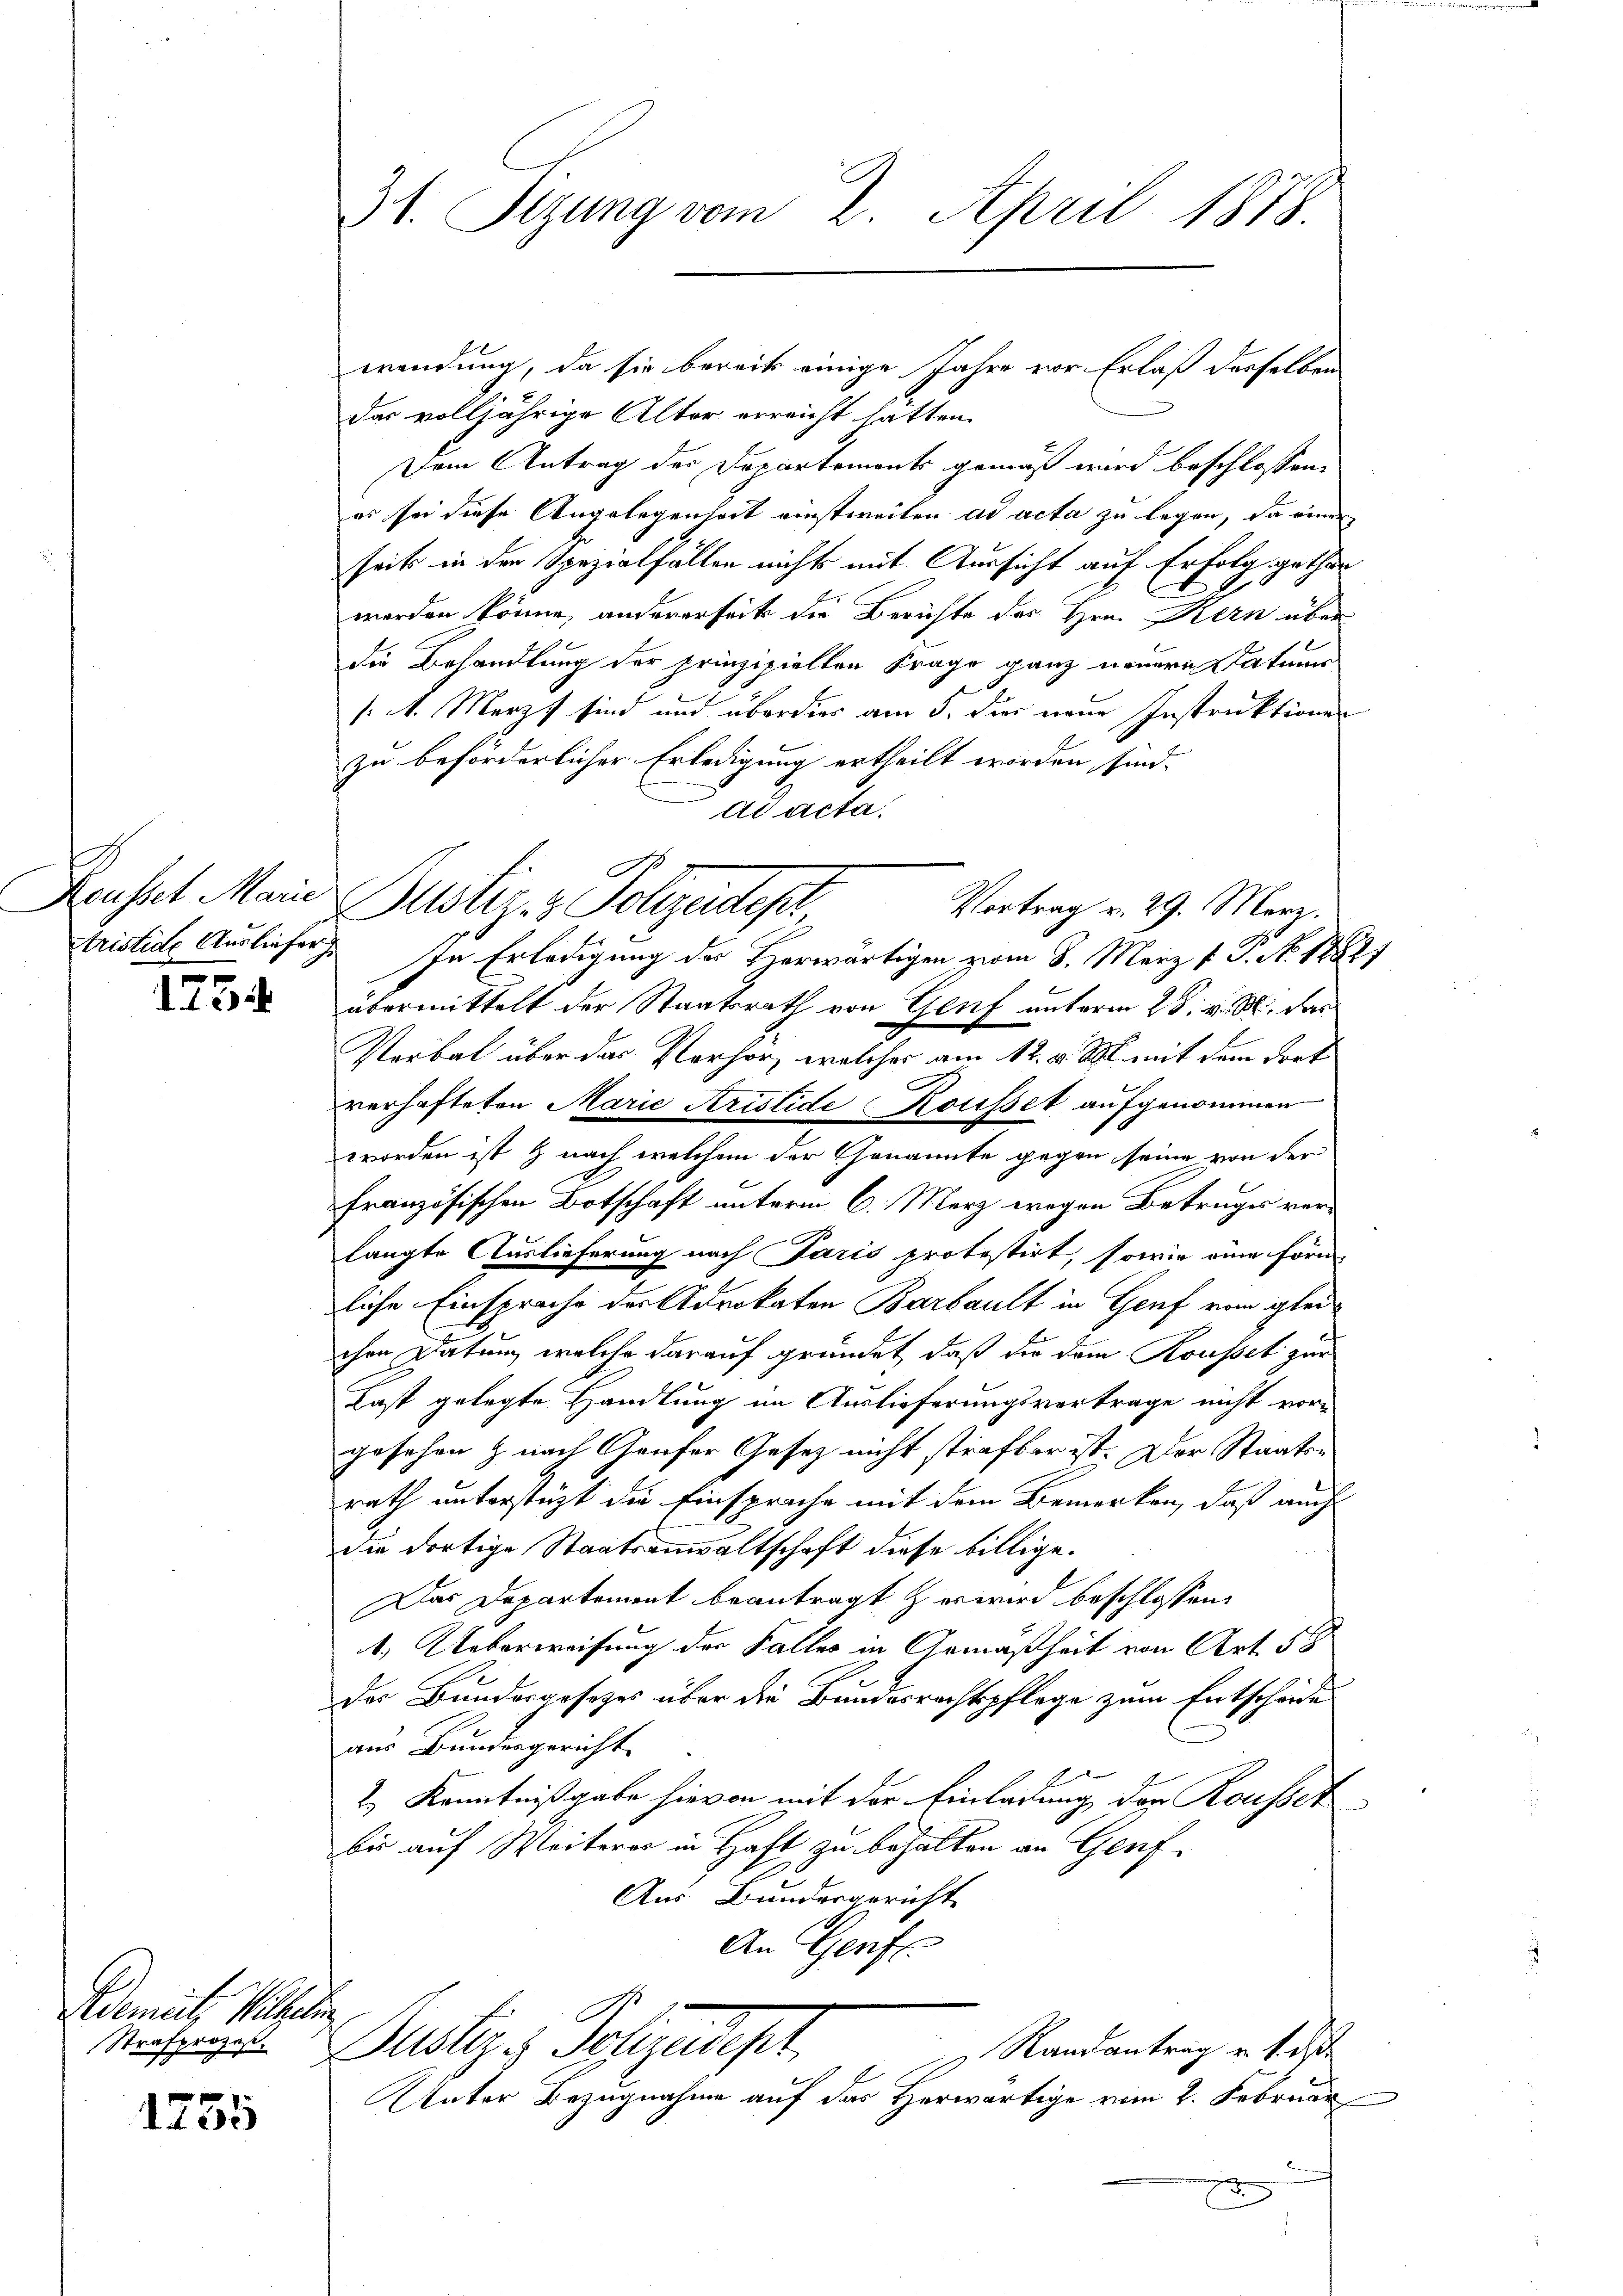
Reusset Marie
ristige Ausliefer
x

1 f 22

Demete Wilhelm
Strafprozeß.

1755

31. Sizung vom 2. April 1878.

wendung, da sie bereits einige Jahre vor Erlaß desselben
das volljährige Alter erreicht hatten.
Dem Antrag der Departements gemäß wird beschlossen,
es sei diese Angelegenheit einstweilen ad acta zu legen, da eine
seits in der Spezialfällen nichts mit Aussicht auf Erfolg gethan
werden könne, andererseit die Berichte des Hrn. Kern über
die Behandlung der prinzipiellen Frage ganz neuere Datums
1: 1. Merz sind und überdier am 5. dier neue Instruktionen
zu beförderlicher Erledigung ertheilt worden sind.
ad acta.
In Erledigung des Heerwärtigen vom 8. März v. P. N. 18821
übermittelt der Staatsrath von Genf unterm 28. v. M. dan
Verbal über das Verhör, welcher am 12. v. M. mit dem dort
verhafteten Marie Kristide Rousset aufgenommen
worden ist & nach welchem der Genannte gegen seine von der
französischen Botschaft unterm 6. März wegen Betruges verlangte Auslieferung nach Paris protestirt, sowie eine förmliche Einsprache der Advokaten Barbault in Genf vom gleichen Datum, welche darauf gründet, daß die dem Rousset zur
Last gelegte Handlung im Auslieferungsvertrage nicht vor-
gesehen & nach Gaufer Gesetz nicht strafbar ist. Der Staatsrath unterstützt die Einsprache mit dem Bemerken, daß auch
die dortige Staatsanwaltschaft diese billige.
Das Departement beantragt & es wird beschlossen:
1.) Ueberweisung der Falles in Gemäßheit von Art. 58
Das Bundergesezes über die Bundesrechtspflege zum Entscheide
aus Bundesgericht
2.) Kenntnißgabe hievon mit der Einladung der Rousset
bis auf Weiterer in Haft zu behalten an Genf
Aus Bundergericht
An Genf.
Bustiz & Polizeiser,
Randantrag u. v. d
Unter Bezugnahme auf das Herwärtige vom 2. Februar
.

Justiz - Polizeidepar
Vortrag v. 29. März.